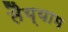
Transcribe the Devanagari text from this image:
तैय्याम